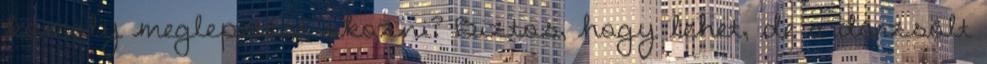
komoly meglepetést okozni? Biztos, hogy lehet, de a dörzsölt